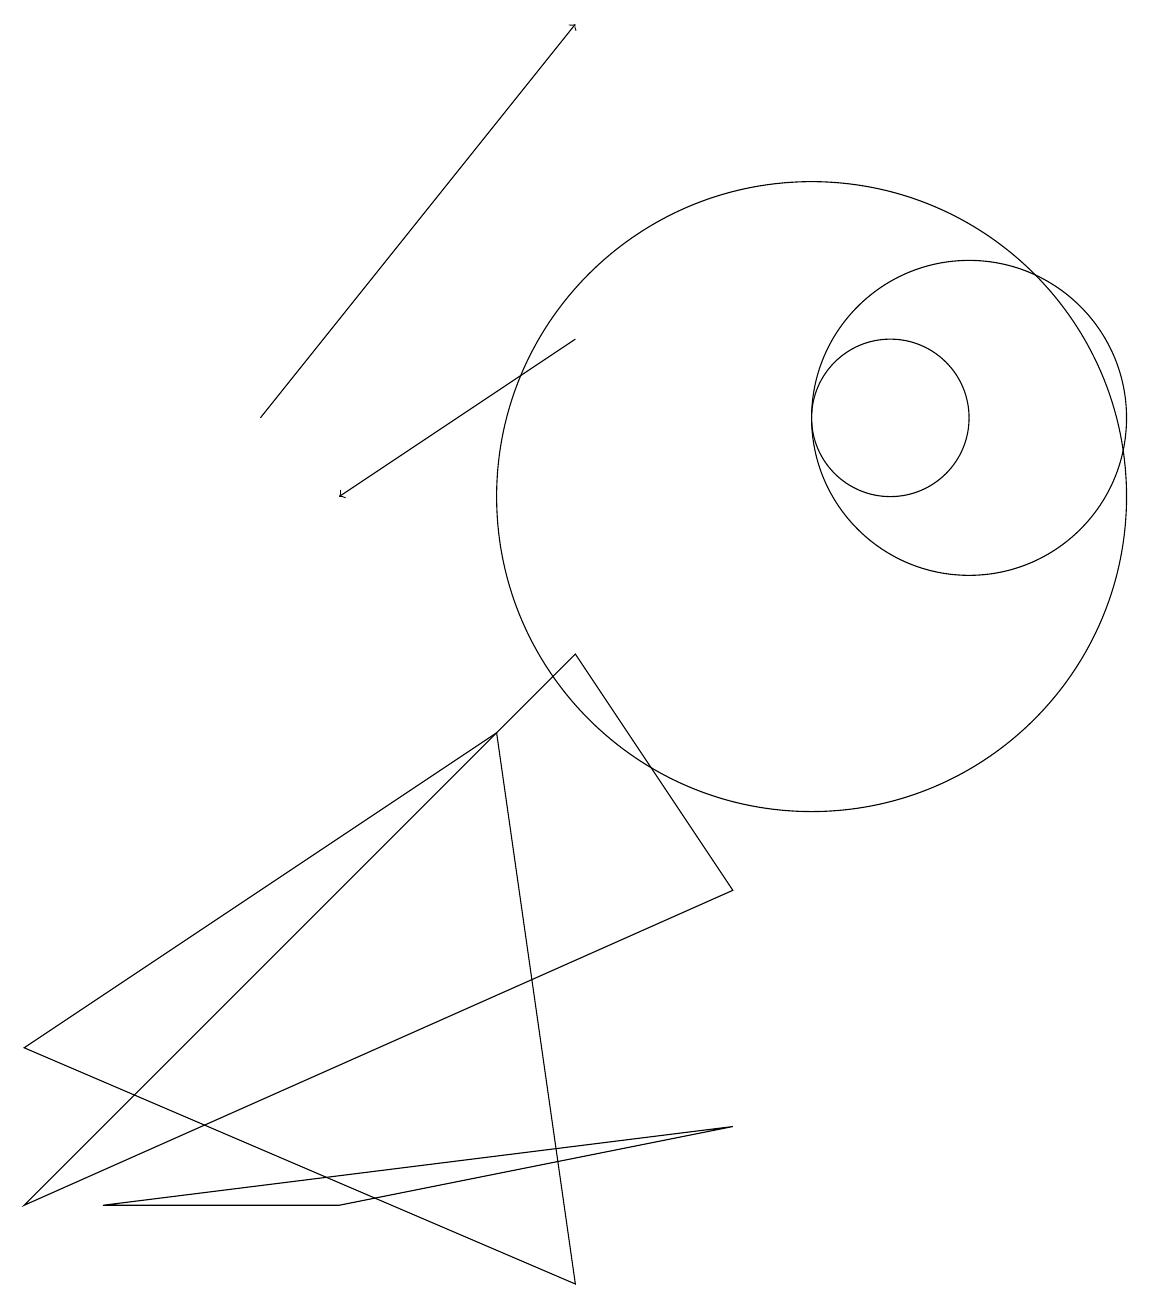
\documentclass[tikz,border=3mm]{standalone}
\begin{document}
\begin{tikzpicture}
\draw (10,10) circle (4);
\draw (7,8) -- (0,1) -- (9,5) -- cycle;
\draw[->] (3,11) -- (7,16);
\draw (6,7) -- (0,3) -- (7,0) -- cycle;
\draw (4,1) -- (1,1) -- (9,2) -- cycle;
\draw (11,11) circle (1);
\draw[->] (7,12) -- (4,10);
\draw (12,11) circle (2);
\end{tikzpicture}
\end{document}